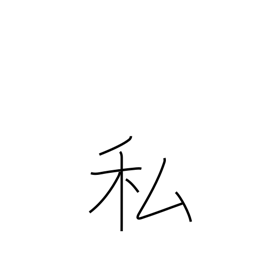
Meaning: me